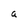
Character: a